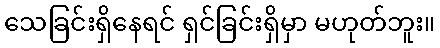
သေခြင်းရှိနေရင် ရှင်ခြင်းရှိမှာ မဟုတ်ဘူး။